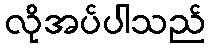
လိုအပ်ပါသည်